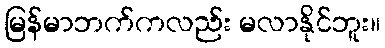
မြန်မာဘက်ကလည်း မလာနိုင်ဘူး။